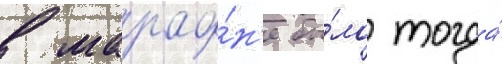
в марафо́н'е бы́ло тогда́